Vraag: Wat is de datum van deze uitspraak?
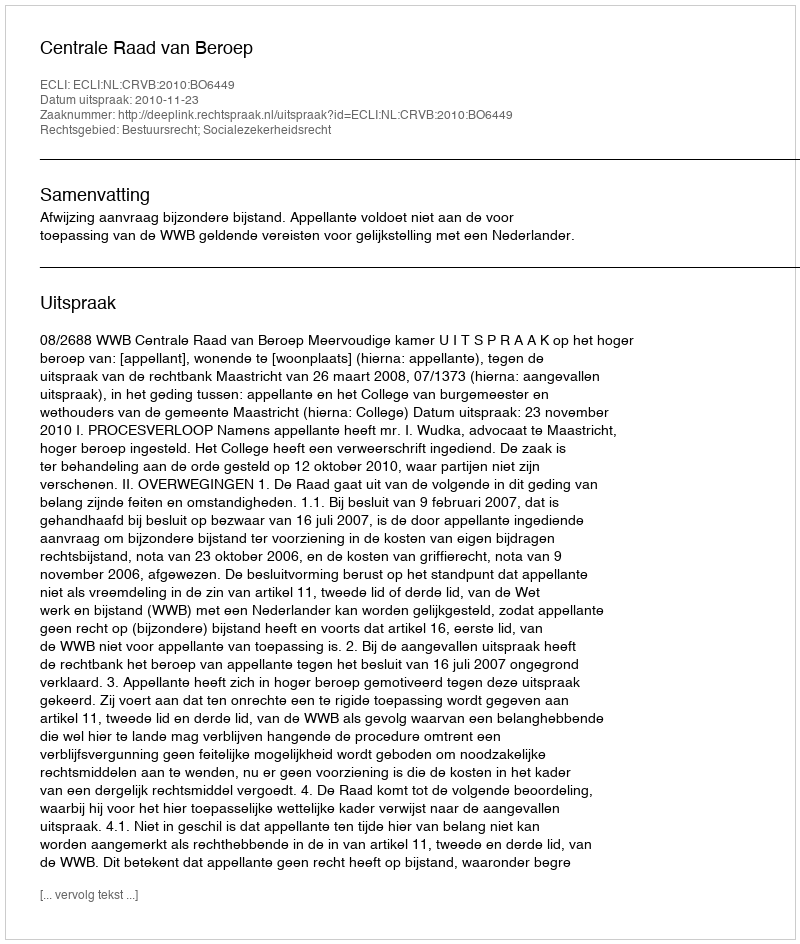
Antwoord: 2010-11-23